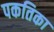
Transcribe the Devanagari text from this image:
पकतिका